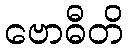
ဗောဓီတိ